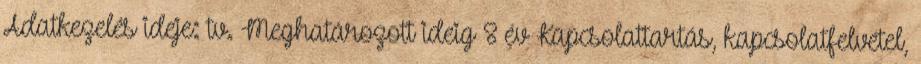
Adatkezelés ideje: tv. Meghatározott ideig 8 év Kapcsolattartás, kapcsolatfelvétel,